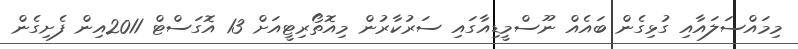
މިމައްސަލައާއި ގުޅިގެން ބައެއް ނޫސްމީޑިއާގައި ސަރުކާރުން މިއޮތޯރިޓީއަށް 13 އޮގަސްޓް 2011އިން ފެށިގެން